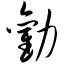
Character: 劝